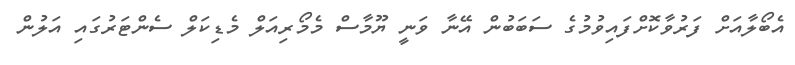
އެބޯލާއަށް ފަރުވާކޮށްފައިވުމުގެ ސަބަބުން އޭނާ ވަނީ ޔޫމާސް މެމޯރިއަލް މެޑިކަލް ސެންޓަރުގައި އަލުން